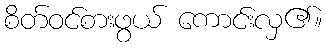
စိတ်ဝင်စားဖွယ် ကောင်းလှ၏။